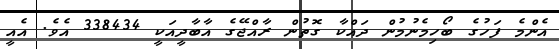
އެންމެ ފަހުގެ ބޯހިމެނުމުން ދައްކާ ގޮތުން ރާއްޖޭގެ އާބާދީއަކީ 338434 އެވެ. އެއީ